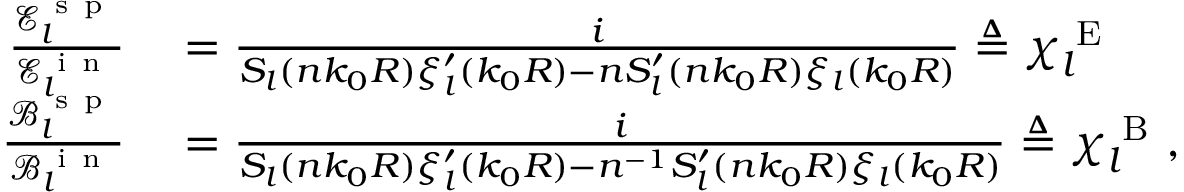
\begin{array} { r l } { \frac { \mathcal { E } _ { l } ^ { \mathrm { ~ s ~ p ~ } } } { \mathcal { E } _ { l } ^ { \mathrm { ~ i ~ n ~ } } } } & { { } = \frac { i } { S _ { l } ( n k _ { 0 } R ) \xi _ { l } ^ { \prime } ( k _ { 0 } R ) - n S _ { l } ^ { \prime } ( n k _ { 0 } R ) \xi _ { l } ( k _ { 0 } R ) } \triangleq \chi _ { l } ^ { \mathrm { ~ E ~ } } } \\ { \frac { \mathcal { B } _ { l } ^ { \mathrm { ~ s ~ p ~ } } } { \mathcal { B } _ { l } ^ { \mathrm { ~ i ~ n ~ } } } } & { { } = \frac { i } { S _ { l } ( n k _ { 0 } R ) \xi _ { l } ^ { \prime } ( k _ { 0 } R ) - n ^ { - 1 } S _ { l } ^ { \prime } ( n k _ { 0 } R ) \xi _ { l } ( k _ { 0 } R ) } \triangleq \chi _ { l } ^ { \mathrm { ~ B ~ } } , } \end{array}